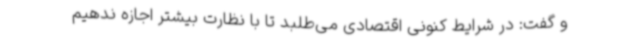
و گفت: در شرایط کنونی اقتصادی می‌طلبد تا با نظارت بیشتر اجازه ندهیم